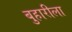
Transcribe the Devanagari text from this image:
बुहारीला